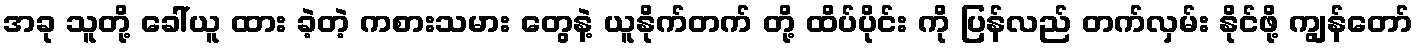
အခု သူတို့ ခေါ်ယူ ထား ခဲ့တဲ့ ကစားသမား တွေနဲ့ ယူနိုက်တက် တို့ ထိပ်ပိုင်း ကို ပြန်လည် တက်လှမ်း နိုင်ဖို့ ကျွန်တော်